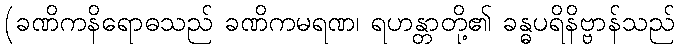
(ခဏိကနိရောဓသည် ခဏိကမရဏ၊ ရဟန္တာတို့၏ ခန္ဓပရိနိဗ္ဗာန်သည်